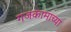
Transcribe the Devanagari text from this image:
गजकामाच्या